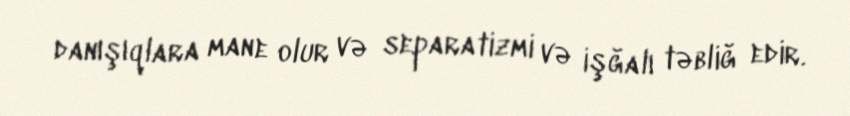
danışıqlara mane olur və separatizmi və işğalı təbliğ edir.